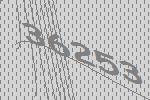
36253